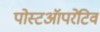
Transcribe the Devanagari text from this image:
पोस्टऑपरेटिव